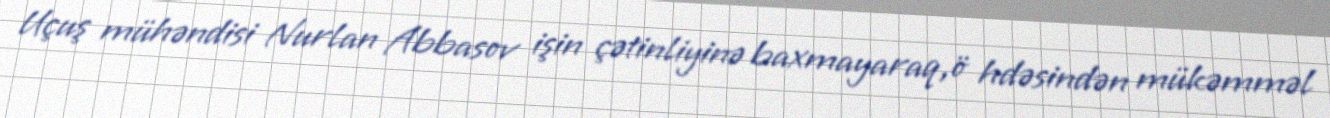
Uçuş mühəndisi Nurlan Abbasov işin çətinliyinə baxmayaraq,ö hdəsindən mükəmməl